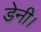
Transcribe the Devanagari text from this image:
डेनी।